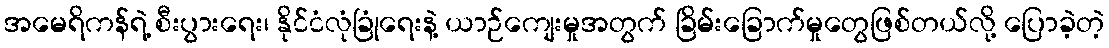
အမေရိကန်ရဲ့ စီးပွားရေး၊ နိုင်ငံလုံခြုံရေးနဲ့ ယာဉ်ကျေးမှုအတွက် ခြိမ်းခြောက်မှုတွေဖြစ်တယ်လို့ ပြောခဲ့တဲ့